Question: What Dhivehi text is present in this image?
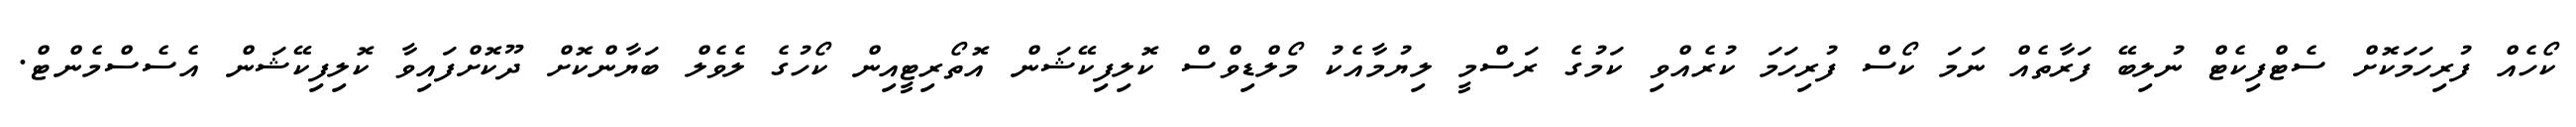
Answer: ކޯހެއް ފުރިހަމަކޮށް ސެޓްފިކެޓް ނުލިބޭ ފަރާތެއް ނަމަ ކޯސް ފުރިހަމަ ކުރެއްވި ކަމުގެ ރަސްމީ ލިޔުމާއެކު މޯލްޑިވްސް ކޮލިފިކޭޝަން އޮތޯރިޓީއިން ކޯހުގެ ލެވެލް ބަޔާންކޮށް ދޫކޮށްފައިވާ ކޮލިފިކޭޝަން އެސެސްމެންޓް.